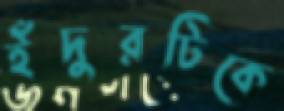
ইঁদুরটিকে